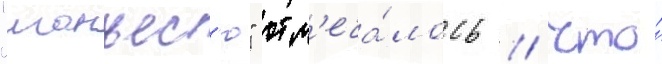
"манъес'ю" отм'еча́лось / что́